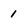
Character: 1